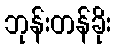
ဘုန်းတန်ခိုး